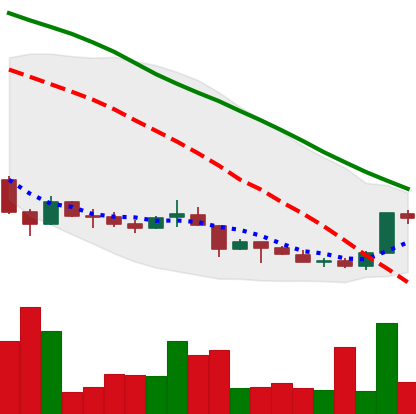
Ticker: LINK-USD
Chart end date: 2018-07-01
Forward return: 3.955%
Label: up_3_5